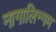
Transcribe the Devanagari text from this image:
नागालिन्गम